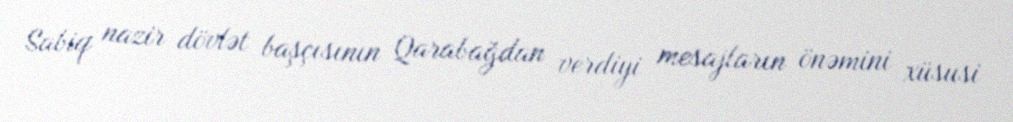
Sabiq nazir dövlət başçısının Qarabağdan verdiyi mesajların önəmini xüsusi